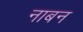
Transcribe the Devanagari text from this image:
नाबन